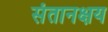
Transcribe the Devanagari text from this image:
संतानक्षय